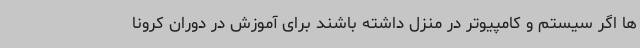
ها اگر سیستم و کامپیوتر در منزل داشته باشند برای آموزش در دوران کرونا